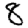
Digit: 8